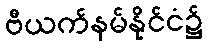
ဗီယက်နမ်နိုင်ငံ၌